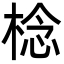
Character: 棯